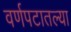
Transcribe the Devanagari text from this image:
वर्णपटातल्या